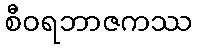
စီဝရဘာဇကဿ